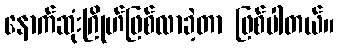
နောက်ဆုံးဂြိုဟ်ဖြစ်လာခဲ့တာ ဖြစ်ပါတယ်။